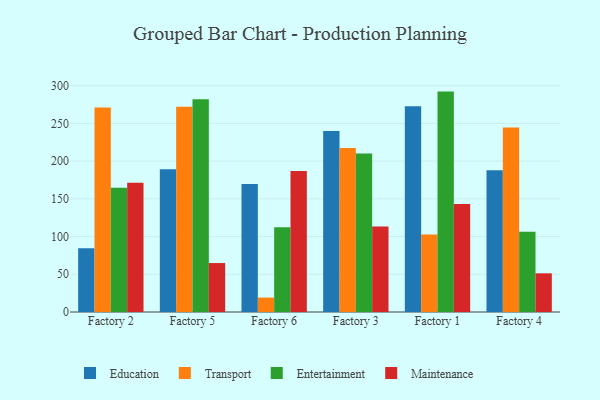
{"axis": {"x": "Factory", "y": "Latency (ms)"}, "legend": ["Education", "Entertainment", "Maintenance", "Transport"], "data": [{"x": "Factory 2", "y": 84.4, "type": "Education"}, {"x": "Factory 2", "y": 271.0, "type": "Transport"}, {"x": "Factory 2", "y": 164.8, "type": "Entertainment"}, {"x": "Factory 2", "y": 171.3, "type": "Maintenance"}, {"x": "Factory 5", "y": 189.4, "type": "Education"}, {"x": "Factory 5", "y": 272.2, "type": "Transport"}, {"x": "Factory 5", "y": 281.9, "type": "Entertainment"}, {"x": "Factory 5", "y": 64.9, "type": "Maintenance"}, {"x": "Factory 6", "y": 169.7, "type": "Education"}, {"x": "Factory 6", "y": 19.1, "type": "Transport"}, {"x": "Factory 6", "y": 112.2, "type": "Entertainment"}, {"x": "Factory 6", "y": 187.0, "type": "Maintenance"}, {"x": "Factory 3", "y": 240.0, "type": "Education"}, {"x": "Factory 3", "y": 217.4, "type": "Transport"}, {"x": "Factory 3", "y": 210.3, "type": "Entertainment"}, {"x": "Factory 3", "y": 113.3, "type": "Maintenance"}, {"x": "Factory 1", "y": 272.9, "type": "Education"}, {"x": "Factory 1", "y": 102.8, "type": "Transport"}, {"x": "Factory 1", "y": 292.2, "type": "Entertainment"}, {"x": "Factory 1", "y": 143.3, "type": "Maintenance"}, {"x": "Factory 4", "y": 188.0, "type": "Education"}, {"x": "Factory 4", "y": 244.6, "type": "Transport"}, {"x": "Factory 4", "y": 106.5, "type": "Entertainment"}, {"x": "Factory 4", "y": 51.3, "type": "Maintenance"}]}